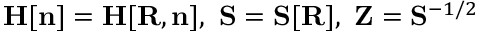
{ \bf H } [ { \bf n } ] = { \bf H } [ { \bf R } , { \bf n } ] , ~ { \bf S } = { \bf S } [ { \bf R } ] , ~ { \bf Z } = { \bf S } ^ { - 1 / 2 }